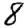
Digit: 8